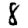
Digit: 8